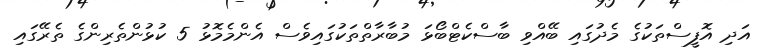
އަދި އޮފީސްތަކުގެ މެދުގައި ބޭއްވި ބާސްކެޓްބޯޅަ މުބާރާތްތަކުގައިވެސް އެންމެމޮޅު 5 ކުޅުންތެރިންގެ ތެރޭގައި